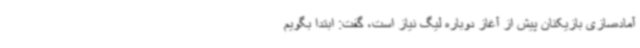
آماده‌سازی بازیکنان پیش از آغاز دوباره لیگ نیاز است، گفت: ابتدا بگویم